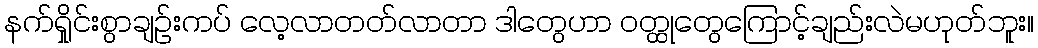
နက်ရှိုင်းစွာချဉ်းကပ် လေ့လာတတ်လာတာ ဒါတွေဟာ ဝတ္ထုတွေကြောင့်ချည်းလဲမဟုတ်ဘူး။